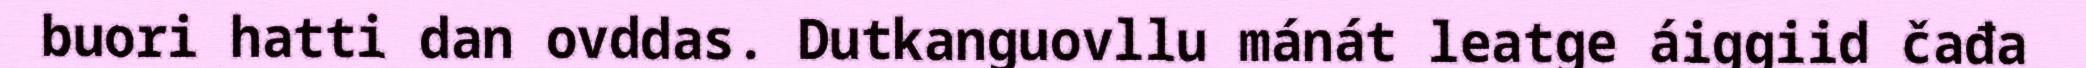
buori hatti dan ovddas. Dutkanguovllu mánát leatge áiggiid čađa